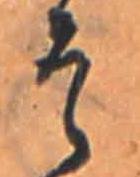
そ